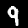
Label: 9